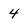
Character: 4